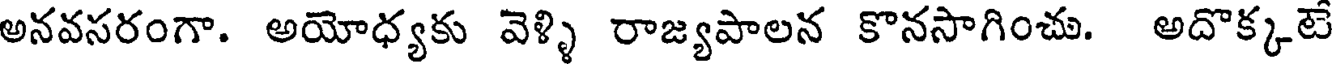
అనవసరంగా. అయోధ్యకు వెళ్ళి రాజ్యపాలన కొనసాగించు. అదొక్కటే